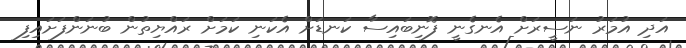
އަދި އުމަރު ނަސީރަށް އެނގެނީ ފޮނިބައިސާ ކަނޑަށް އެކަނި ކަމަށް ރައްޔިތުން ބުނަންފަށައިފި